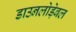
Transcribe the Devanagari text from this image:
डाउनलोड़ेबल